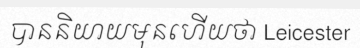
បាននិយាយមុនហើយថា Leicester